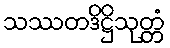
သဿတဒိဋ္ဌိသုတ္တံ